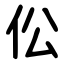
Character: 伀